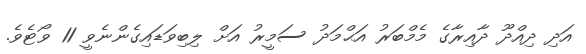
އަދި ދިއްދޫ ދާއިރާގެ މެމްބަރު އަޙްމަދު ސަމީރު އަށް ލިބިވަޑައިގެންނެވީ 11 ވޯޓެވެ.